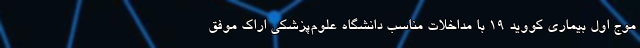
موج اول بیماری کووید ۱۹ با مداخلات مناسب دانشگاه علوم‌پزشکی اراک موفق